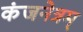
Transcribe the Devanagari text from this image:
कंजनेत्रम्‌